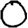
Digit: 0